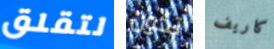
لتقلق تكون كاريف